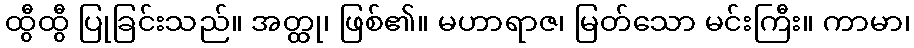
ထွီထွီ ပြုခြင်းသည်။ အတ္ထု၊ ဖြစ်၏။ မဟာရာဇ၊ မြတ်သော မင်းကြီး။ ကာမာ၊